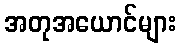
အတုအယောင်များ